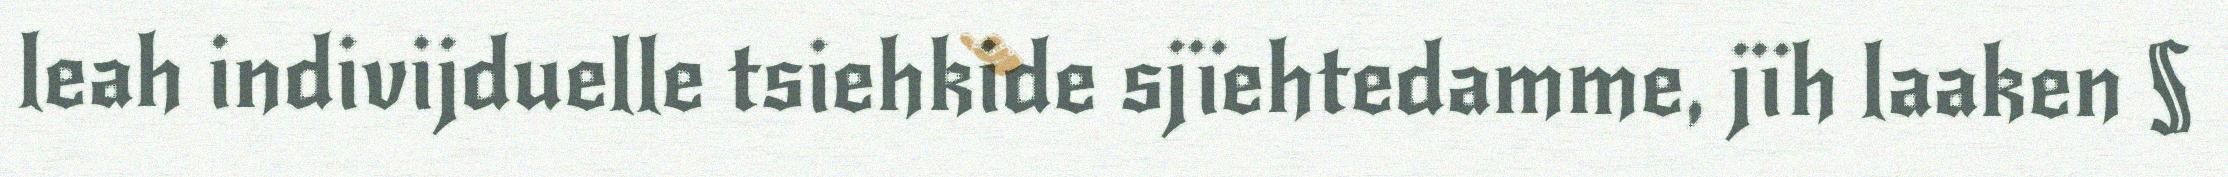
leah indivijduelle tsiehkide sjïehtedamme, jïh laaken §